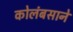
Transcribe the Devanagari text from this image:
कोलंबसाने